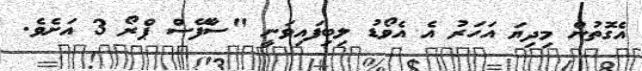
އެގޮތުން މިދިޔަ އަހަރު އެ އެވޯޑު ލިބިފައިވަނީ "ސާފޭސް ޕްރޯ 3 އަށެވެ.